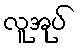
လူအုပ်